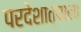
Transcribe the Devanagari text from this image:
परदेशात्याला